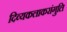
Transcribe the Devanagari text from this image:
दिव्यकलाकरांगुलि